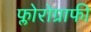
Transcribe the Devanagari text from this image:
फ्लोरोग्राफी